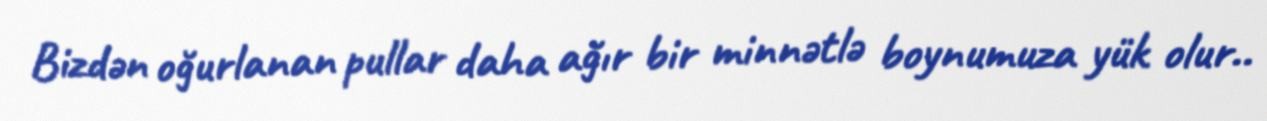
Bizdən oğurlanan pullar daha ağır bir minnətlə boynumuza yük olur..